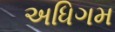
અધિગમ